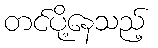
တင်ပို့နေသည့်